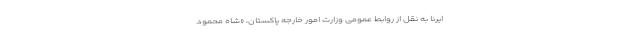
ایرنا به نقل از روابط عمومی وزارت امور خارجه پاکستان، «شاه محمود